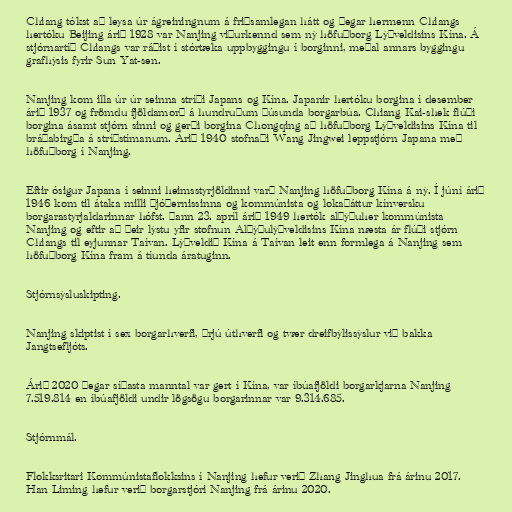
Chiang tókst að leysa úr ágreiningnum á friðsamlegan hátt og þegar hermenn Chiangs
hertóku Beijing árið 1928 var Nanjing viðurkennd sem ný höfuðborg Lýðveldisins Kína. Á
stjórnartíð Chiangs var ráðist í stórtæka uppbyggingu í borginni, meðal annars byggingu
grafhýsis fyrir Sun Yat-sen.

Nanjing kom illa úr úr seinna stríði Japans og Kína. Japanir hertóku borgina í desember
árið 1937 og frömdu fjöldamorð á hundruðum þúsunda borgarbúa. Chiang Kai-shek flúði
borgina ásamt stjórn sinni og gerði borgina Chongqing að höfuðborg Lýðveldisins Kína til
bráðabirgða á stríðstímanum. Árið 1940 stofnaði Wang Jingwei leppstjórn Japana með
höfuðborg í Nanjing.

Eftir ósigur Japana í seinni heimsstyrjöldinni varð Nanjing höfuðborg Kína á ný. Í júní árið
1946 kom til átaka milli þjóðernissinna og kommúnista og lokaþáttur kínversku
borgarastyrjaldarinnar hófst. Þann 23. apríl árið 1949 hertók alþýðuher kommúnista
Nanjing og eftir að þeir lýstu yfir stofnun Alþýðulýðveldisins Kína næsta ár flúði stjórn
Chiangs til eyjunnar Taívan. Lýðveldið Kína á Taívan leit enn formlega á Nanjing sem
höfuðborg Kína fram á tíunda áratuginn.

Stjórnsýsluskipting.

Nanjing skiptist í sex borgarhverfi, þrjú úthverfi og tvær dreifbýlissýslur við bakka
Jangtsefljóts.

Árið 2020 þegar síðasta manntal var gert í Kína, var íbúafjöldi borgarkjarna Nanjing
7.519.814 en íbúafjöldi undir lögsögu borgarinnar var 9.314.685.

Stjórnmál.

Flokksritari Kommúnistaflokksins í Nanjing hefur verið Zhang Jinghua frá árinu 2017.
Han Liming hefur verið borgarstjóri Nanjing frá árinu 2020.